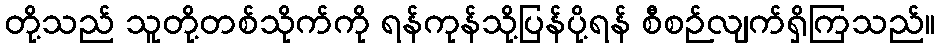
တို့သည် သူတို့တစ်သိုက်ကို ရန်ကုန်သို့ပြန်ပို့ရန် စီစဉ်လျက်ရှိကြသည်။